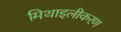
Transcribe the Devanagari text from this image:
मिथाइलीकरण